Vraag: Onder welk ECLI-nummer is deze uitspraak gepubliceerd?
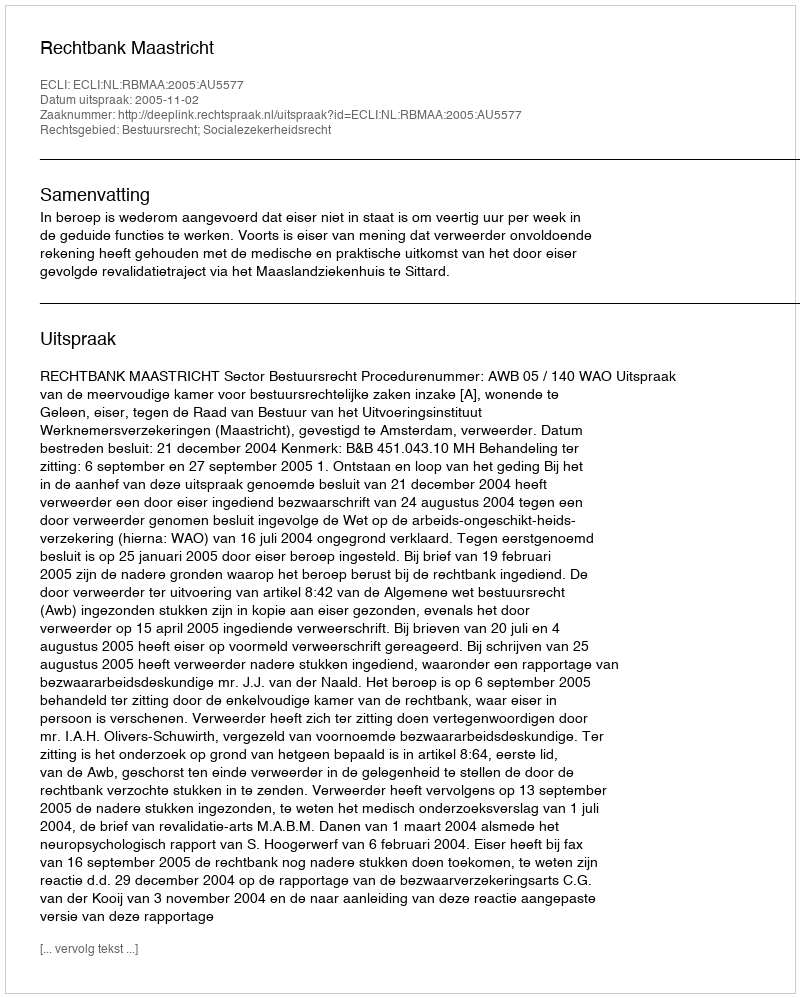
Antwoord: ECLI:NL:RBMAA:2005:AU5577